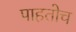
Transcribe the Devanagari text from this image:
पाहतोच